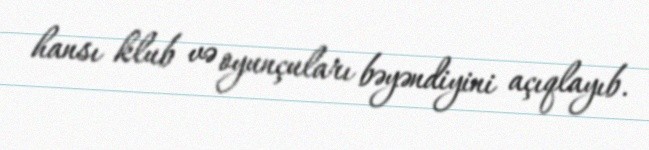
hansı klub və oyunçuları bəyəndiyini açıqlayıb.